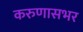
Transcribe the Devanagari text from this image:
करुणासभर